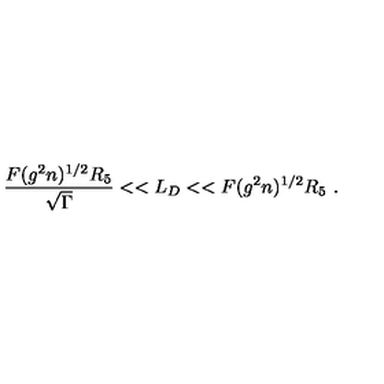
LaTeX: \frac { F ( g ^ { 2 } n ) ^ { 1 / 2 } R _ { 5 } } { \sqrt \Gamma } < < L _ { D } < < F ( g ^ { 2 } n ) ^ { 1 / 2 } R _ { 5 } \ .